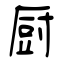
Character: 厨